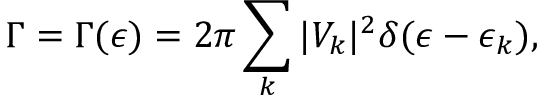
\Gamma = \Gamma ( \epsilon ) = 2 \pi \sum _ { k } | V _ { k } | ^ { 2 } \delta ( \epsilon - \epsilon _ { k } ) ,